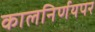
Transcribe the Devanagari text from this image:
कालनिर्णयपर